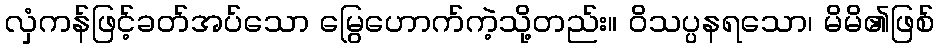
လှံကန်ဖြင့်ခတ်အပ်သော မြွေဟောက်ကဲ့သို့တည်း။ ဝိသပ္ပနရသော၊ မိမိ၏ဖြစ်